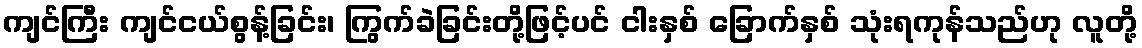
ကျင်ကြီး ကျင်ငယ်စွန့်ခြင်း၊ ကြွက်ခဲခြင်းတို့ဖြင့်ပင် ငါးနှစ် ခြောက်နှစ် သုံးရကုန်သည်ဟု လူတို့